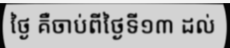
ថ្ងៃ គឺចាប់ពីថ្ងៃទី១៣ ដល់